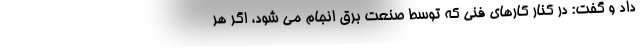
داد و گفت: در کنار کارهای فنی که توسط صنعت برق انجام می شود، اگر هر